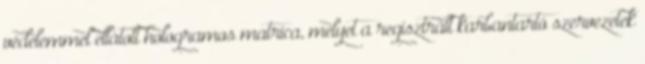
védelemmel ellátott hologramos matrica, melyet a regisztrált karbantartó szervezetek